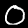
Label: 0